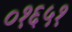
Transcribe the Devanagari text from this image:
०१६५१